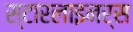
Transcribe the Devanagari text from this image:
स्टारलाइनर्स